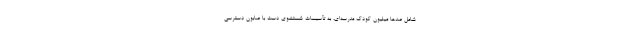
شامل صدها میلیون کودک مدرسه‌ای، به تأسیسات شستشوی دست با صابون دسترسی